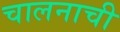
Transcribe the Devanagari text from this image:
चालनाची